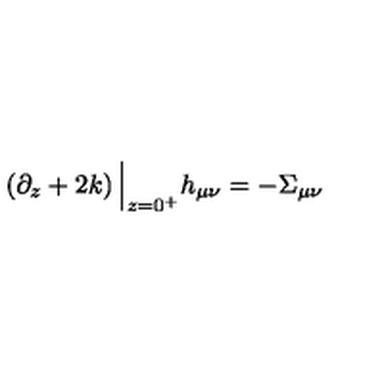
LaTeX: \left( \partial _ { z } + 2 k \right) \Big \vert _ { z = 0 ^ { + } } h _ { \mu \nu } = - \Sigma _ { \mu \nu }